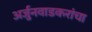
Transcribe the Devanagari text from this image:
अर्जुनवाडकरांचा